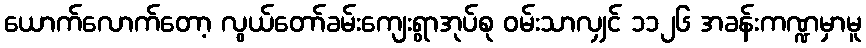
ယောက်လောက်တော့ လွယ်တော်ခမ်းကျေးရွာအုပ်စု ဝမ်းသာလျှင် ၁၁၂၆ အခန်းကဏ္ဍမှာမူ